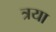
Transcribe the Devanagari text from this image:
त्रया